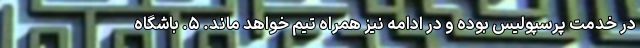
در خدمت پرسپولیس بوده و در ادامه نیز همراه تیم خواهد ماند. ۵. باشگاه